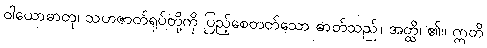
ဝါယောဓာတု၊ သဟဇာတ်ရုပ်တို့ကို ပြည့်စေတတ်သော ဓာတ်သည်။ အတ္ထိ၊ ၏။ ဣတိ